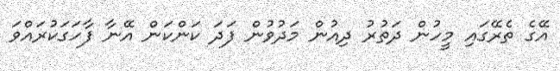
އޭގެ ތެރޭގައި މީހުން ދަތުރު ދިއުން މަދުވުން ފަދަ ކަންކަން އޭނާ ފާހަގަކުރައްވަ